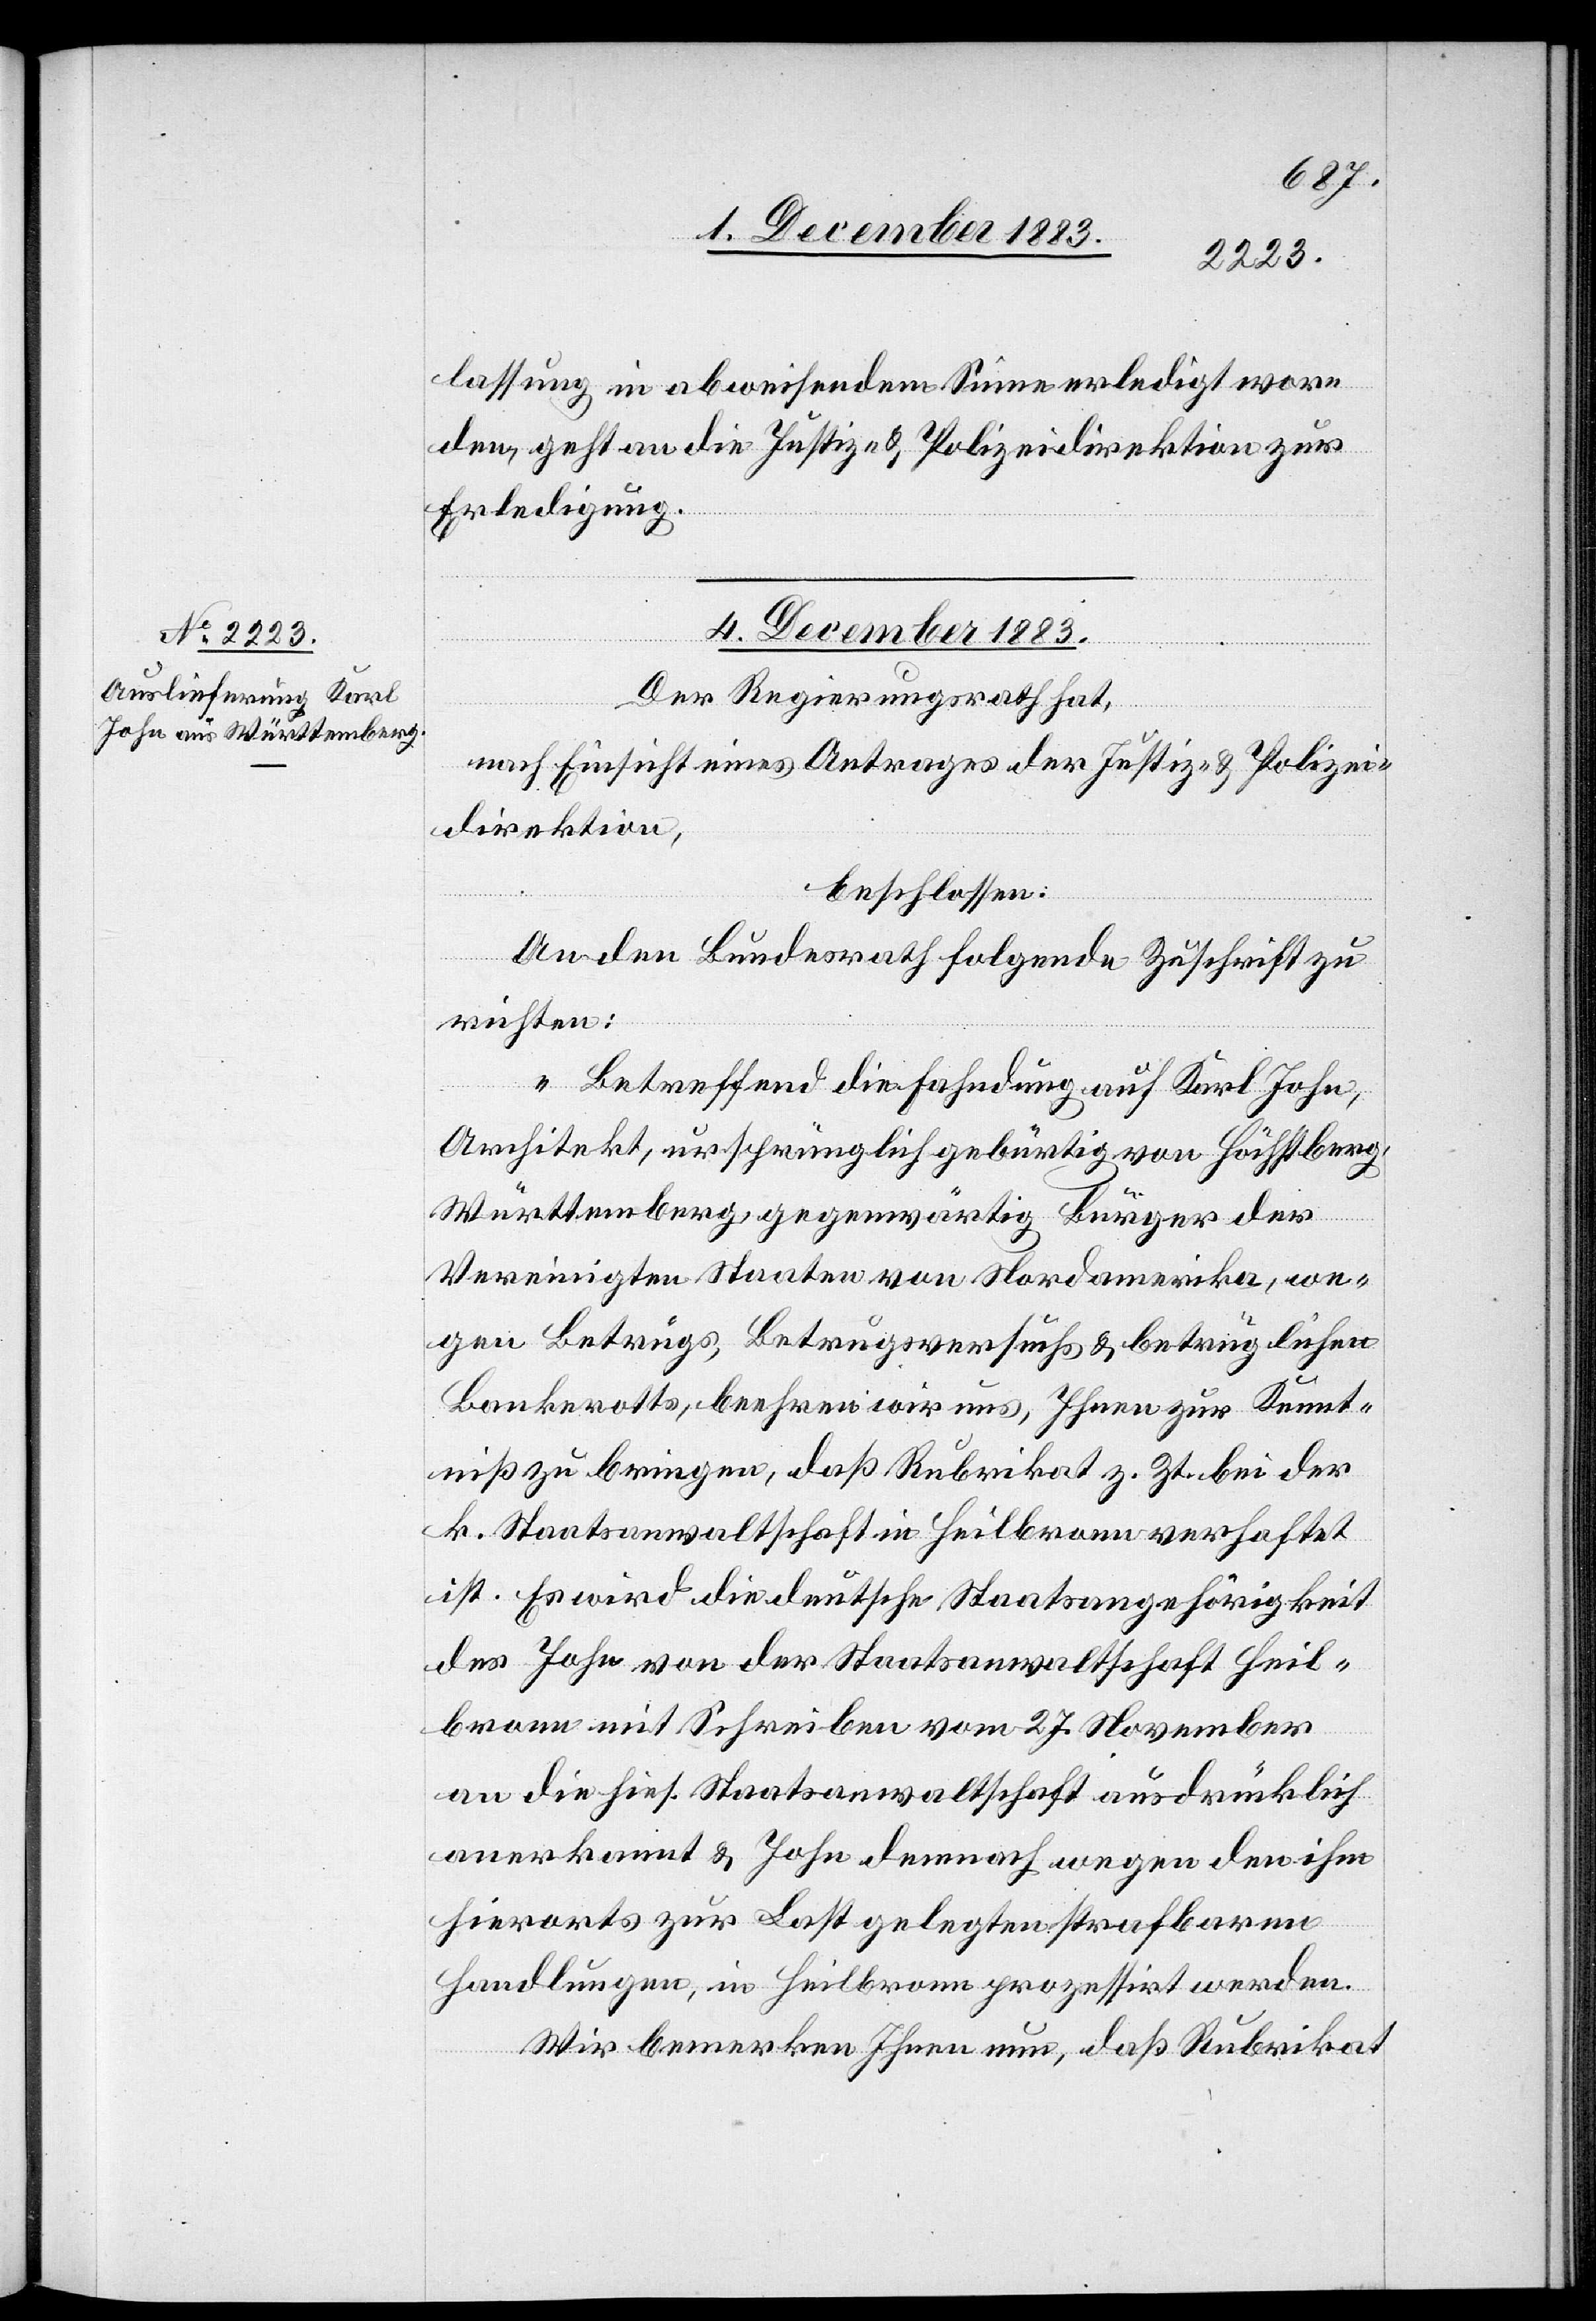
lassung in abweisendem Sinne erledigt wor¬
den, geht an die Justiz- & Polizeidirektion zur
Erledigung.
4. December 1883.
Der Regierungsrath hat,
l-Verfügungen.]
nach Einsicht eines Antrages der Justiz- & Polizei¬
direktion,
beschlossen:
An den Bundesrath folgende Zuschrift zu
richten:
„Betreffend die Fahndung auf Karl John,
Architekt, ursprünglich gebürtig von Höchstberg,
Württemberg, gegenwärtig Bürger der
Vereinigten Staaten von Nordamerika, we¬
gen Betrugs, Betrugsversuchs & betrüglichen
Bankerotts, beehren wir uns, Ihnen zur Kennt¬
niß zu bringen, daß Rubrikat z. Zt. bei der
k. Staatsanwaltschaft in Heilbronn verhaftet
ist. Es wird die deutsche Staatsangehörigkeit
des John von der Staatsanwaltschaft Heil¬
bronn mit Schreiben vom 27. November
an die hies. Staatsanwaltschaft ausdrücklich
anerkannt & John demnach wegen den ihm
hierorts zur Last gelegten strafbaren
Handlungen, in Heilbronn prozessirt werden.
Wir bemerken Ihnen nun, daß Rubrikat